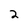
Character: 2